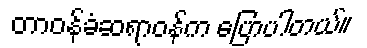
တာဝန်ခံဆရာဝန်က ပြောပါတယ်။